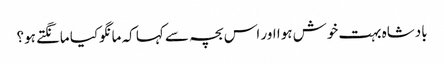
بادشاہ بہت خوش ہوا اور اس بچہ سے کہا کہ مانگوکیا مانگتے ہو؟